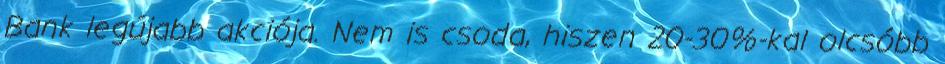
Bank legújabb akciója. Nem is csoda, hiszen 20-30%-kal olcsóbb